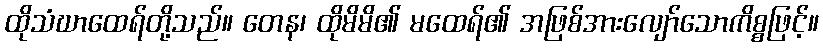
ထိုသံဃာထေရ်တို့သည်။ တေန၊ ထိုမိမိ၏ မထေရ်၏ အဖြစ်အားလျော်သောကိစ္စဖြင့်။